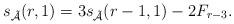
LaTeX: \begin{align*}s_{\mathcal{\tilde{A}}}(r,1)=3s_\mathcal{\tilde{A}}(r-1,1)-2F_{r-3}.\end{align*}